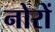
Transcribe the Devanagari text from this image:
नोरों